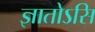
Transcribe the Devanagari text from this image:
ज्ञातोऽसि